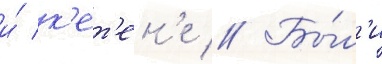
и́ к'ет'ен'е // Бы́л'и